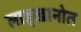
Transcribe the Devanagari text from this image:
लाड्खानोत